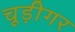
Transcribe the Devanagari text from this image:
चूड़ीगर